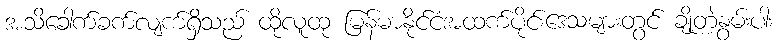
အသိခေါက်ခက်လျက်ရှိသည် ထိုလူထု မြန်မာနိုင်ငံအထက်ပိုင်းဒေသများတွင် ချို့တဲ့နွမ်းပါး